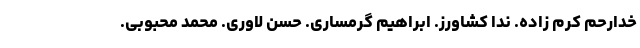
خدارحم کرم زاده. ندا کشاورز. ابراهیم گرمساری. حسن لاوری. محمد محبوبی.